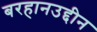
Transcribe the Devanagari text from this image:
बरहानउद्दीन